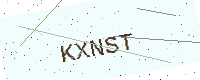
Text: KXNST